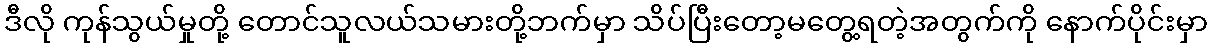
ဒီလို ကုန်သွယ်မှုတို့ တောင်သူလယ်သမားတို့ဘက်မှာ သိပ်ပြီးတော့မတွေ့ရတဲ့အတွက်ကို နောက်ပိုင်းမှာ